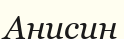
Анисин